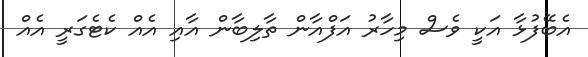
އެބޭފުޅާ އަކީ ވެސް މިހާރު އަފްއާން ތާލިބާން އާއި އެއް ކެޓެގަރީ އެއް